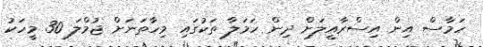
ހަމާސް އިން އިސްރާއީލަށް ދިން ހަމަލާ ތަކުގައި މިހާތަނަށް ޖުމްލަ 30 މީހަކު